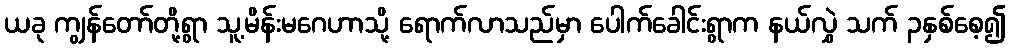
ယခု ကျွန်တော်တို့ရွာ သူ့မိန်းမဂေဟာသို့ ရောက်လာသည်မှာ ပေါက်ခေါင်းရွာက နယ်လွှဲ သက် ၃နှစ်စေ့၍